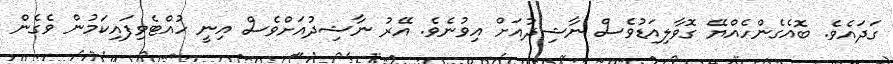
ގަދައެވެ. ބޮއެގެންހެއްޔޭ ގޮވާލިއަޑުވެސް ނާޝިދުއަށް އިވުނެވެ. އޭރު ނާޝިދުއަށްވެސް އިނީ ހުއްޓެވިފައިކަމުން ވެގެން